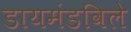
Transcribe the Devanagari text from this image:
डायमंडविले